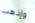
وإذهب